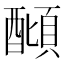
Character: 𨢣